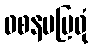
ဝစနမဗြဝုံ